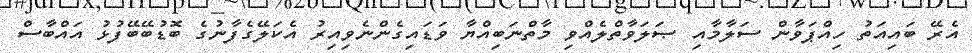
އެރޭ ބައިއަތު ހިއްޕަވާން ސަލާމާއި ޞަލަވާތްލެއްވި މާތްނަބިއްޔާ ވަޑައިގެންނެވިއިރު އެކަލޭގެފާނުގެ ބޮޑުބޭބޭފުޅު އައްބާސް